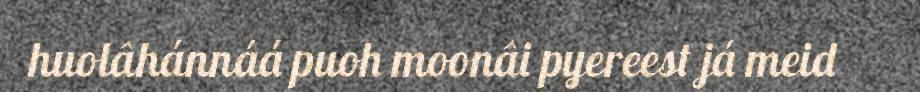
huolâhánnáá puoh moonâi pyereest já meid